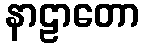
နာဠာတော